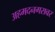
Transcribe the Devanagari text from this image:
अहमदनगरावर